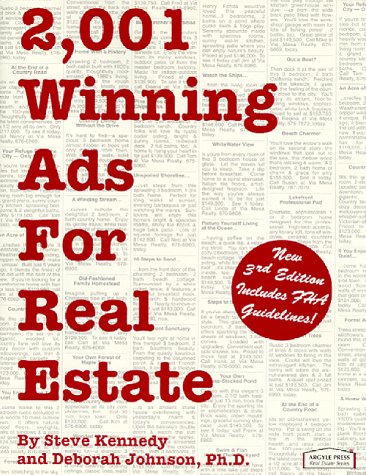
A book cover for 2,001 Winning Ads for Real Estate; Steve Kennedy; Business & Money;